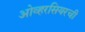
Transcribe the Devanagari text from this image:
ओव्हरसियरची